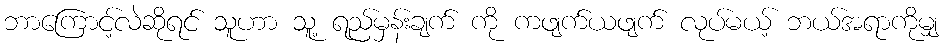
ဘာကြောင့်လဲဆိုရင် သူဟာ သူ့ ရည်မှန်းချက် ကို ကဖျက်ယဖျက် လုပ်မယ့် ဘယ်အရာကိုမျှ